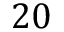
2 0